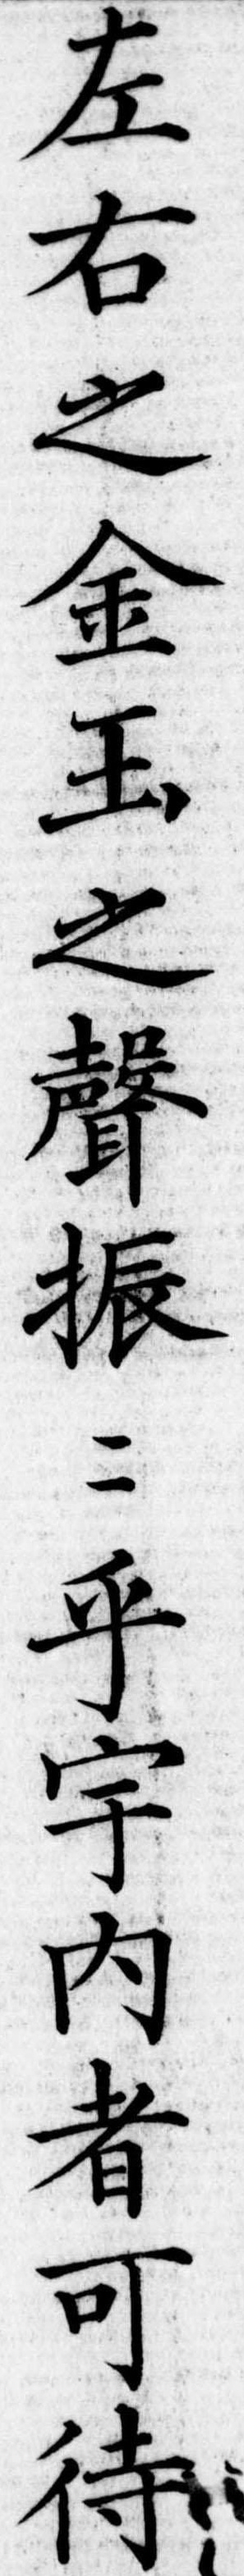
左右之金玉之声振乎宇内者可待